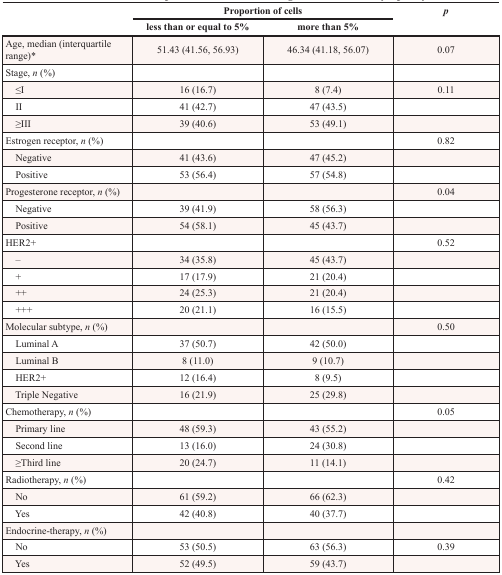
<table><thead><tr><td rowspan="2"></td><td colspan="2"><b>Proportion of cells</b></td><td rowspan="2"><b><i>p</i></b></td></tr><tr><td><b>less than or equal to 5%</b></td><td><b>more than 5%</b></td></tr></thead><tbody><tr><td>Age, median (interquartile range)*</td><td>51.43 (41.56, 56.93)</td><td>46.34 (41.18, 56.07)</td><td>0.07</td></tr><tr><td>Stage, n (%)</td><td></td><td></td><td></td></tr><tr><td> ≤I</td><td>16 (16.7)</td><td>8 (7.4)</td><td>0.11</td></tr><tr><td> II</td><td>41 (42.7)</td><td>47 (43.5)</td><td></td></tr><tr><td> ≥III</td><td>39 (40.6)</td><td>53 (49.1)</td><td></td></tr><tr><td>Estrogen receptor, n (%)</td><td></td><td></td><td>0.82</td></tr><tr><td> Negative</td><td>41 (43.6)</td><td>47 (45.2)</td><td></td></tr><tr><td> Positive</td><td>53 (56.4)</td><td>57 (54.8)</td><td></td></tr><tr><td>Progesterone receptor, n (%)</td><td></td><td></td><td>0.04</td></tr><tr><td> Negative</td><td>39 (41.9)</td><td>58 (56.3)</td><td></td></tr><tr><td> Positive</td><td>54 (58.1)</td><td>45 (43.7)</td><td></td></tr><tr><td>HER2+</td><td></td><td></td><td>0.52</td></tr><tr><td> –</td><td>34 (35.8)</td><td>45 (43.7)</td><td></td></tr><tr><td> +</td><td>17 (17.9)</td><td>21 (20.4)</td><td></td></tr><tr><td> ++</td><td>24 (25.3)</td><td>21 (20.4)</td><td></td></tr><tr><td> +++</td><td>20 (21.1)</td><td>16 (15.5)</td><td></td></tr><tr><td>Molecular subtype, n (%)</td><td></td><td></td><td>0.50</td></tr><tr><td> Luminal A</td><td>37 (50.7)</td><td>42 (50.0)</td><td></td></tr><tr><td> Luminal B</td><td>8 (11.0)</td><td>9 (10.7)</td><td></td></tr><tr><td> HER2+</td><td>12 (16.4)</td><td>8 (9.5)</td><td></td></tr><tr><td> Triple Negative</td><td>16 (21.9)</td><td>25 (29.8)</td><td></td></tr><tr><td>Chemotherapy, n (%)</td><td></td><td></td><td>0.05</td></tr><tr><td> Primary line</td><td>48 (59.3)</td><td>43 (55.2)</td><td></td></tr><tr><td> Second line</td><td>13 (16.0)</td><td>24 (30.8)</td><td></td></tr><tr><td> ≥Third line</td><td>20 (24.7)</td><td>11 (14.1)</td><td></td></tr><tr><td>Radiotherapy, n (%)</td><td></td><td></td><td>0.42</td></tr><tr><td> No</td><td>61 (59.2)</td><td>66 (62.3)</td><td></td></tr><tr><td> Yes</td><td>42 (40.8)</td><td>40 (37.7)</td><td></td></tr><tr><td>Endocrine-therapy, n (%)</td><td></td><td></td><td></td></tr><tr><td> No</td><td>53 (50.5)</td><td>63 (56.3)</td><td>0.39</td></tr><tr><td> Yes</td><td>52 (49.5)</td><td>59 (43.7)</td><td></td></tr></tbody></table>